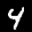
Label: 4